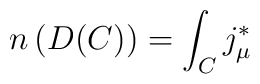
n\left( D(C)\right) =\int_{C}j_{\mu }^{*}